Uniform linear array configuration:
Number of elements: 32
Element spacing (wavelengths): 0.25
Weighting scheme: hann
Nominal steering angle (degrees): -60
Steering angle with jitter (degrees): -58.424
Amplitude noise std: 0.05
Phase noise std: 0.05

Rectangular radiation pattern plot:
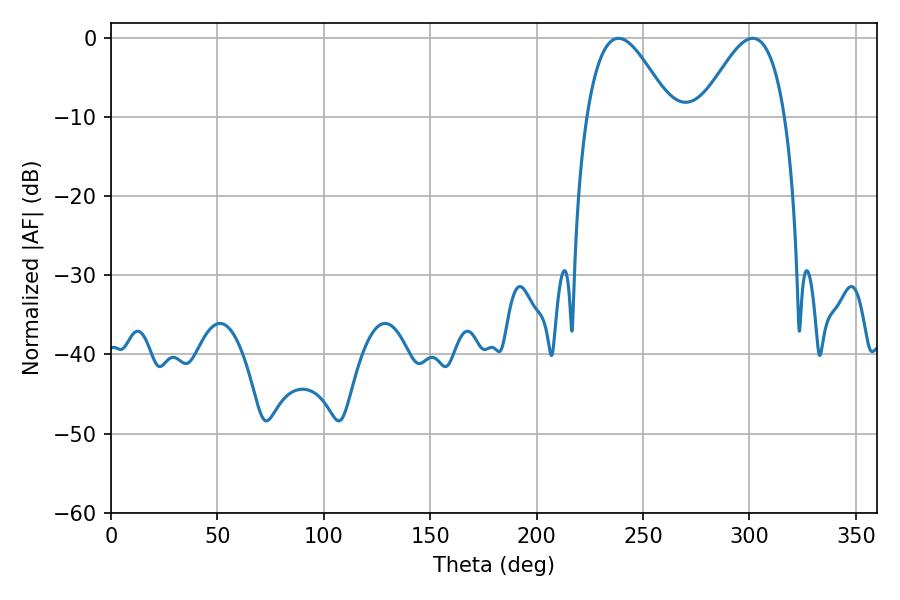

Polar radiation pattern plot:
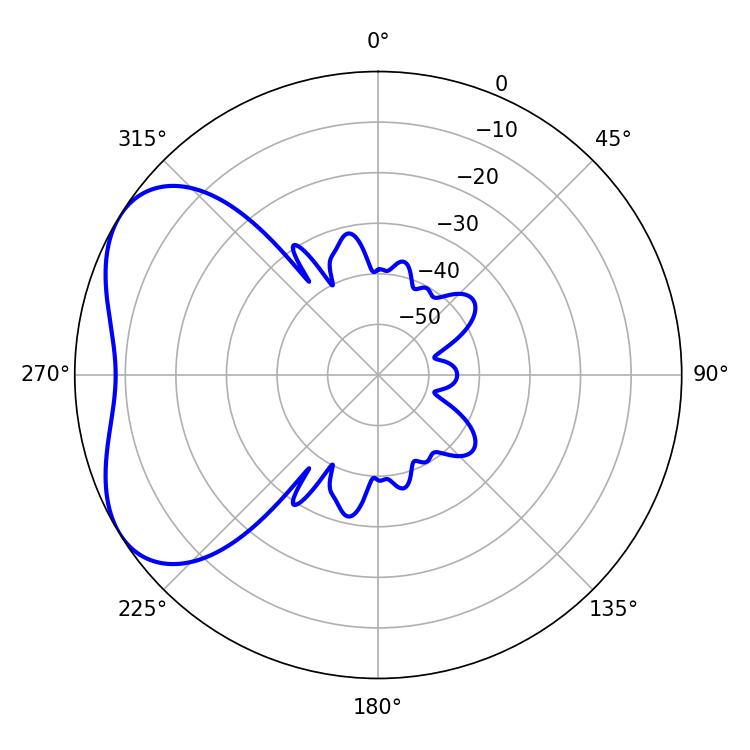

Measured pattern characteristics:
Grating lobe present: FALSE
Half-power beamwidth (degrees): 21.42
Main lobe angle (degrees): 238.5